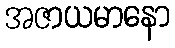
အဇာယမာနော